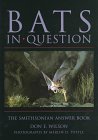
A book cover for Bats in Question: The Smithsonian Answer Book; Don E. Wilson; Sports & Outdoors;